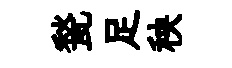
甃足秧